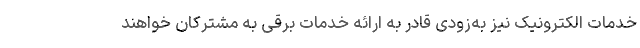
خدمات الکترونیک نیز به‌زودی قادر به ارائه خدمات برقی به مشترکان خواهند